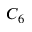
C _ { 6 }